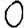
Digit: 0